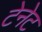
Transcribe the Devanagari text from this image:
टेनेट